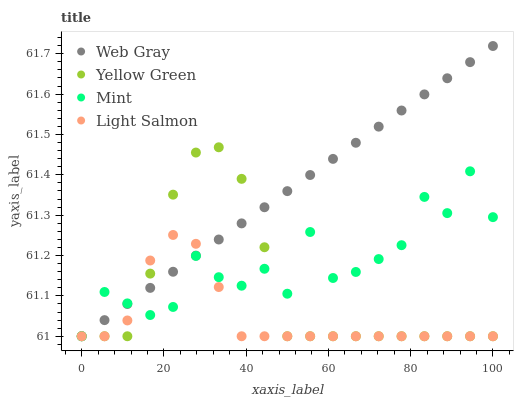
| xaxis_label | Web Gray | Yellow Green | Mint | Light Salmon |
 | --- | --- | --- | --- | --- |
 | 0 | 61 | 61 | 61 | 61 |
 | 5.56 | 61 | 61 | 61.1 | 61 |
 | 11.1 | 61.1 | 61 | 61.1 | 61 |
 | 16.7 | 61.1 | 61.2 | 61.1 | 61.2 |
 | 22.2 | 61.2 | 61.4 | 61.1 | 61.3 |
 | 27.8 | 61.2 | 61.5 | 61.2 | 61.2 |
 | 33.3 | 61.2 | 61.5 | 61.1 | 61.1 |
 | 38.9 | 61.3 | 61.4 | 61.1 | 61 |
 | 44.4 | 61.3 | 61.2 | 61.2 | 61 |
 | 50 | 61.4 | 61 | 61.1 | 61 |
 | 55.6 | 61.4 | 61 | 61.3 | 61 |
 | 61.1 | 61.4 | 61 | 61.1 | 61 |
 | 66.7 | 61.5 | 61 | 61.2 | 61 |
 | 72.2 | 61.5 | 61 | 61.2 | 61 |
 | 77.8 | 61.6 | 61 | 61.2 | 61 |
 | 83.3 | 61.6 | 61 | 61.3 | 61 |
 | 88.9 | 61.6 | 61 | 61.3 | 61 |
 | 94.4 | 61.7 | 61 | 61.4 | 61 |
 | 100 | 61.7 | 61 | 61.3 | 61 |